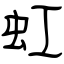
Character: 虹